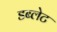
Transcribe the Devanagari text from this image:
डब्लेट